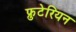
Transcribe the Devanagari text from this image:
फ्रुटेरियन